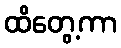
ထိတွေ့ကာ